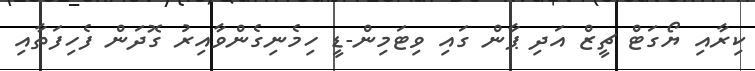
ކިރާއި ޔޯގަޓް ޗީޒް އަދި ޕާން ގައި ވިޓަމިން-ޑީ ހިމެނިގެންވާއިރު ގޮދަން ފެހިފަތާއި